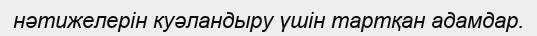
нәтижелерін куәландыру үшін тартқан адамдар.